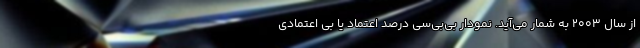
از سال 2003 به شمار می‌آید. نمودار بی‌بی‌سی درصد اعتماد یا بی اعتمادی